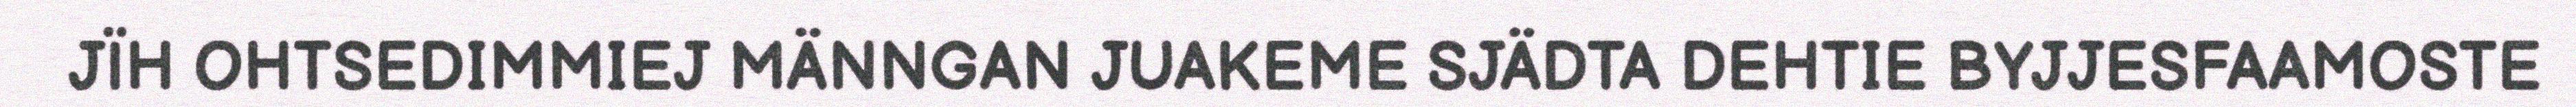
JÏH OHTSEDIMMIEJ MÄNNGAN JUAKEME SJÄDTA DEHTIE BYJJESFAAMOSTE